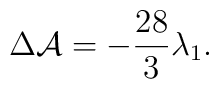
\Delta {\cal A}=-\frac{28}{3}\lambda _{1}.